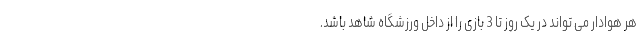
هر هوادار می تواند در یک روز تا 3 بازی را از داخل ورزشگاه شاهد باشد.